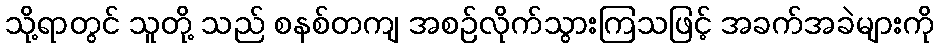
သို့ရာတွင် သူတို့ သည် စနစ်တကျ အစဉ်လိုက်သွားကြသဖြင့် အခက်အခဲများကို